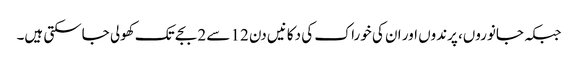
جبکہ جانوروں، پرندوں اور ان کی خوراک کی دکانیں دن 12 سے 2 بجے تک کھولی جاسکتی ہیں۔